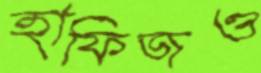
হাফিজও